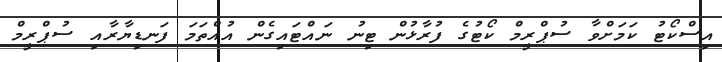
އިސްކޯޓު ކަމަށްވާ ސުޕްރީމް ކޯޓުގެ ފުރާޅުން ޓިނު ނައްޓައިގެން އުއްތަމަ ފަނޑިޔާރާއި ސުޕްރީމް